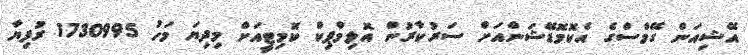
އޭޝިއަން ގޭމްސްގެ އެކޮމޮޑޭޝަންއަށް ސަރުކާރުން އޮލިމްޕިކް ކޮމިޓީއަށް މިދިޔަ މަހު 1730995 ރުފިޔާ